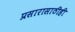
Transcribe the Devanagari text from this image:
प्रसारासाठीही